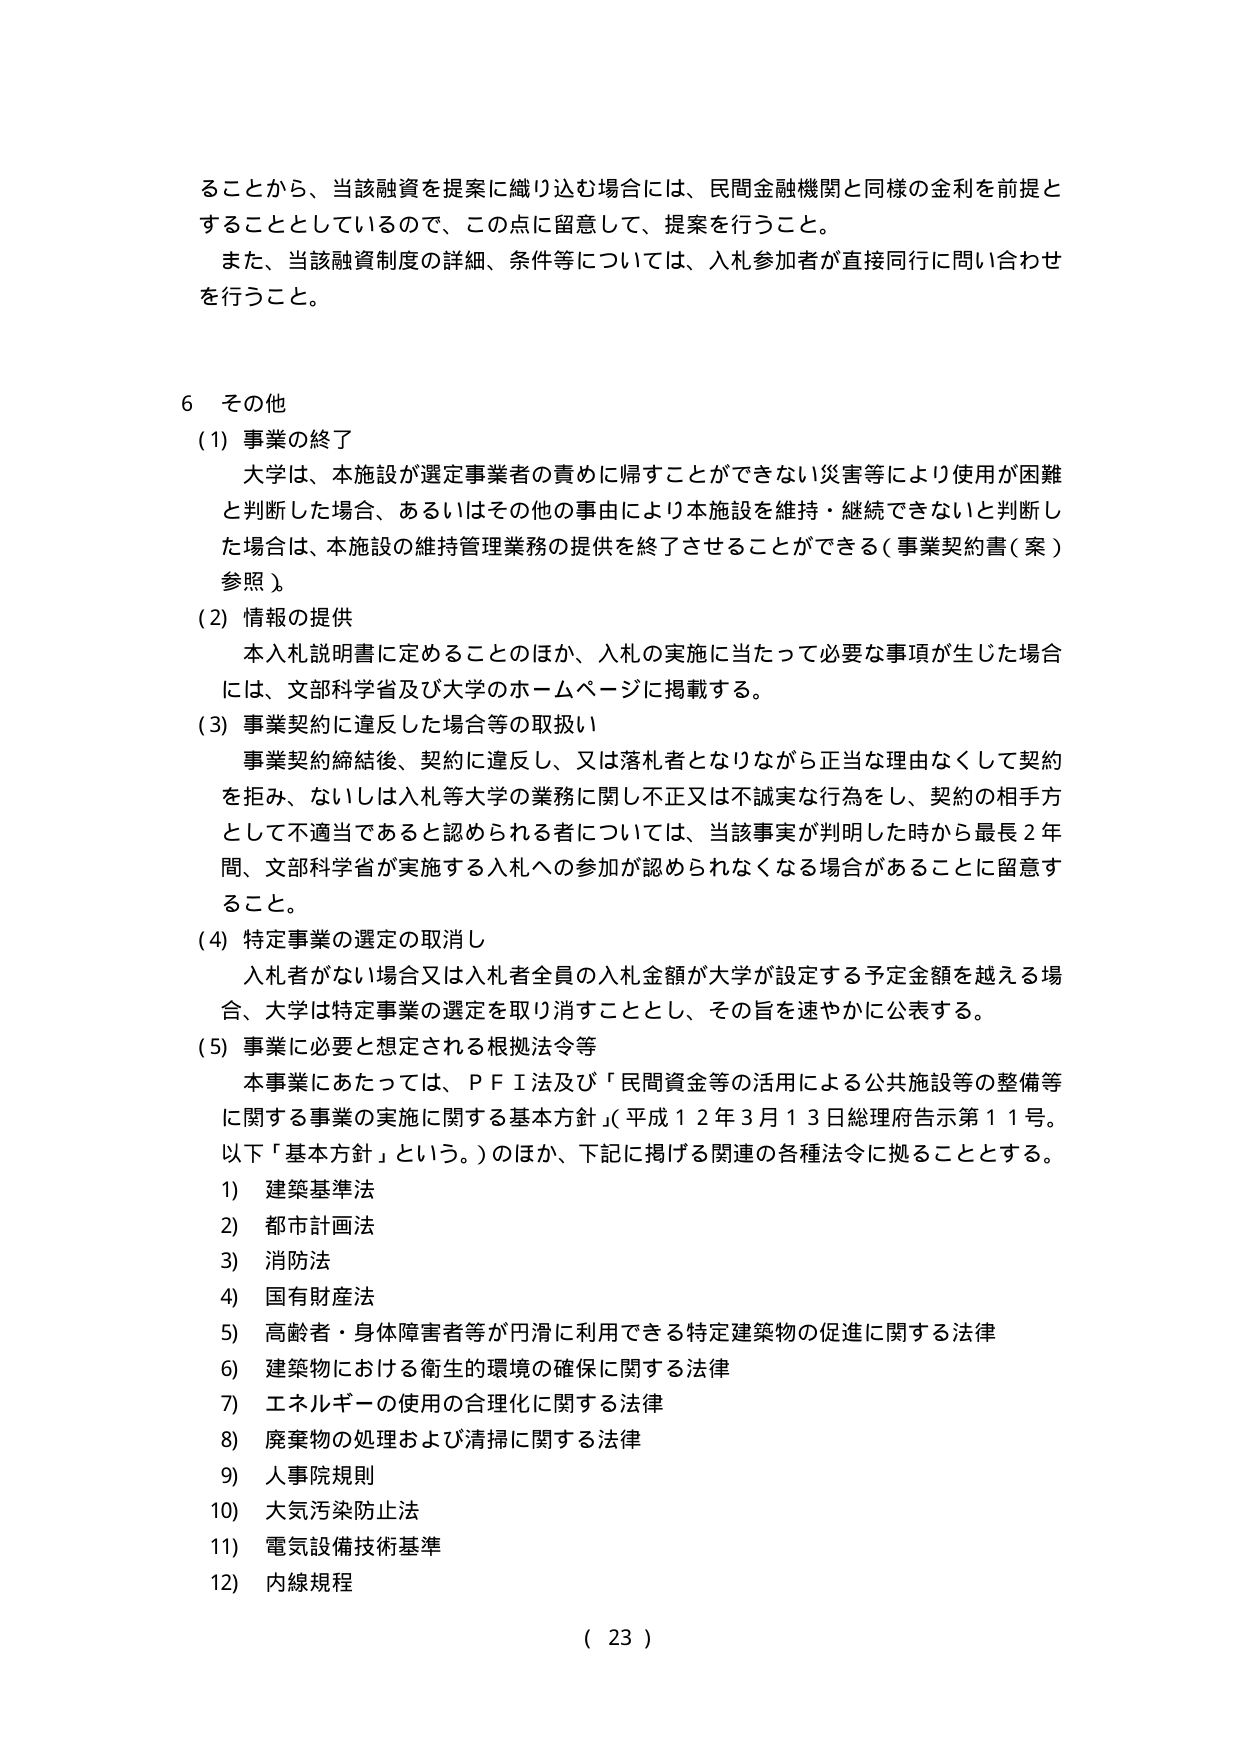
ることから、当該融資を提案に織り込む場合には、民間金融機関と同様の金利を前提と
することとしているので、この点に留意して、提案を行うこと。
また、当該融資制度の詳細、条件等については、入札参加者が直接同行に問い合わせ
を行うこと。

６ その他
(1) 事業の終了
大学は、本施設が選定事業者の責めに帰すことができない災害等により使用が困難
と判断した場合、あるいはその他の事由により本施設を維持・継続できないと判断し
た場合は、本施設の維持管理業務の提供を終了させることができる（事業契約書（案）
参照）。
(2) 情報の提供
本入札説明書に定めることのほか、入札の実施に当たって必要な事項が生じた場合
には、文部科学省及び大学のホームページに掲載する。
(3) 事業契約に違反した場合等の取扱い
事業契約締結後、契約に違反し、又は落札者となりながら正当な理由なくして契約
を拒み、ないしは入札等大学の業務に関し不正又は不誠実な行為をし、契約の相手方
として不適当であると認められる者については、当該事実が判明した時から最長２年
間、文部科学省が実施する入札への参加が認められなくなる場合があることに留意す
ること。
(4) 特定事業の選定の取消し
入札者がない場合又は入札者全員の入札金額が大学が設定する予定金額を越える場
合、大学は特定事業の選定を取り消すこととし、その旨を速やかに公表する。
(5) 事業に必要と想定される根拠法令等
本事業にあたっては、ＰＦＩ法及び「民間資金等の活用による公共施設等の整備等
に関する事業の実施に関する基本方針」（平成１２年３月１３日総理府告示第１１号。
以下「基本方針」という。）のほか、下記に掲げる関連の各種法令に拠ることとする。
1) 建築基準法
2) 都市計画法
3) 消防法
4) 国有財産法
5) 高齢者・身体障害者等が円滑に利用できる特定建築物の促進に関する法律
6) 建築物における衛生的環境の確保に関する法律
7) エネルギーの使用の合理化に関する法律
8) 廃棄物の処理および清掃に関する法律
9) 人事院規則
10) 大気汚染防止法
11) 電気設備技術基準
12) 内線規程
（ 23 ）